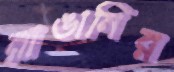
রাঙানির